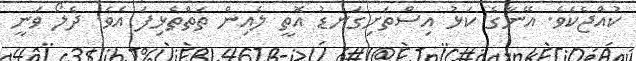
ކުއްޖެކެވެ. އޭނާގެ ކަޅު އިސްތަށިގަނޑު އޮތީ ލެއިން ތަތްތެޅިފަ އެވެ. ދެލޯ ވަނީ